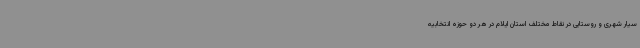
سیار شهری و روستایی در نقاط مختلف استان ایلام در هر دو حوزه انتخابیه